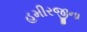
હમીરજીના